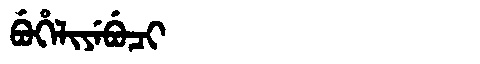
Manchu: ᠪᡠᡥᡝᠯᡳᠶᡝᠪᡠᠴᡳ
Romanization: BUHELIYEBUCI